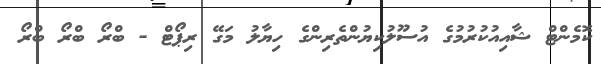
ކޮމެންޓް ޝާއިއުކުރުމުގެ އުސޫލުކިޔުންތެރިންގެ ހިޔާލު މަގޭ ރިޕޯޓް - ބްރޯ ބްރޯ ބްރޯ